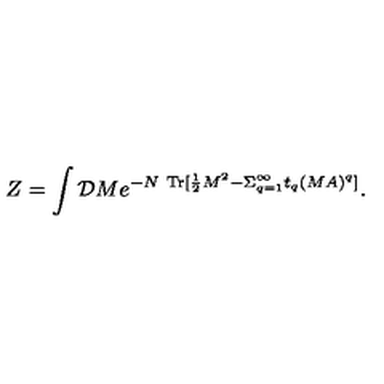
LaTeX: Z = \int { \cal D } M e ^ { - N \ \mathrm { T r } [ { \frac { 1 } { 2 } } M ^ { 2 } - { } \Sigma _ { q = 1 } ^ { \infty } t _ { q } ( M A ) ^ { q } ] } .